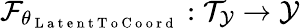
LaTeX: \mathcal{F}_{\theta_{\mathrm{~L~a~t~e~n~t~T~o~C~o~o~r~d~}}}:\mathcal{T}_{\mathcal{Y}}\to\mathcal{Y}